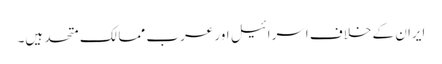
ایران کے خلاف اسرائیل اور عرب ممالک متحد ہیں۔